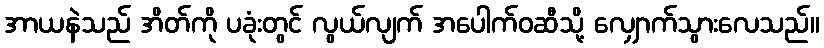
အာယနဲသည် အိတ်ကို ပခုံးတွင် လွယ်လျက် အပေါက်ဝဆီသို့ လျှောက်သွားလေသည်။